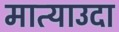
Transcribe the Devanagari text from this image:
मात्याउदा